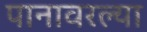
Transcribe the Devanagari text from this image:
पानावरल्या